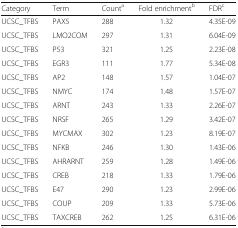
| Category | Term | Counta | Fold enrichmentb | FDRc |
 | --- | --- | --- | --- | --- |
 | UCSC_TFBS | PAX5 | 288 | 1.32 | 4.35E-09 |
 | UCSC_TFBS | LMO2COM | 297 | 1.31 | 6.04E-09 |
 | UCSC_TFBS | P53 | 321 | 1.25 | 2.23E-08 |
 | UCSC_TFBS | EGR3 | 111 | 1.77 | 5.34E-08 |
 | UCSC_TFBS | AP2 | 148 | 1.57 | 1.04E-07 |
 | UCSC_TFBS | NMYC | 174 | 1.48 | 1.57E-07 |
 | UCSC_TFBS | ARNT | 243 | 1.33 | 2.26E-07 |
 | UCSC_TFBS | NRSF | 265 | 1.29 | 3.42E-07 |
 | UCSC_TFBS | MYCMAX | 302 | 1.23 | 8.19E-07 |
 | UCSC_TFBS | NFKB | 246 | 1.30 | 1.43E-06 |
 | UCSC_TFBS | AHRARNT | 259 | 1.28 | 1.49E-06 |
 | UCSC_TFBS | CREB | 218 | 1.33 | 1.79E-06 |
 | UCSC_TFBS | E47 | 290 | 1.23 | 2.99E-06 |
 | UCSC_TFBS | COUP | 209 | 1.33 | 5.73E-06 |
 | UCSC_TFBS | TAXCREB | 262 | 1.25 | 6.31E-06 |